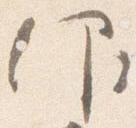
仰